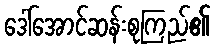
ဒေါ်အောင်ဆန်းစုကြည်၏